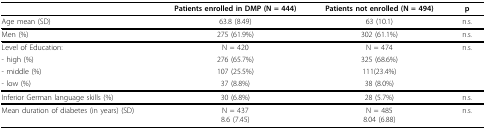
<table><thead><tr><td></td><td><b>Patients enrolled in DMP (N = 444)</b></td><td><b>Patients not enrolled (N = 494)</b></td><td><b>p</b></td></tr></thead><tbody><tr><td>Age mean (SD)</td><td>63.8 (8.49)</td><td>63 (10.1)</td><td>n.s.</td></tr><tr><td>Men (%)</td><td>275 (61.9%)</td><td>302 (61.1%)</td><td>n.s.</td></tr><tr><td>Level of Education:</td><td>N = 420</td><td>N = 474</td><td>n.s.</td></tr><tr><td>- high (%)</td><td>276 (65.7%)</td><td>325 (68.6%)</td><td></td></tr><tr><td>- middle (%)</td><td>107 (25.5%)</td><td>111(23.4%)</td><td></td></tr><tr><td>- low (%)</td><td>37 (8.8%)</td><td>38 (8.0%)</td><td></td></tr><tr><td>Inferior German language skills (%)</td><td>30 (6.8%)</td><td>28 (5.7%)</td><td>n.s.</td></tr><tr><td>Mean duration of diabetes (in years) (SD)</td><td>N = 4378.6 (7.45)</td><td>N = 4858.04 (6.88)</td><td>n.s.</td></tr></tbody></table>